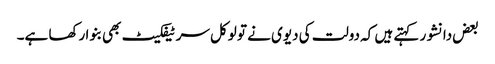
بعض دانشور کہتے ہیں کہ دولت کی دیوی نے تو لوکل سر ٹیفکیٹ بھی بنوا رکھا ہے۔